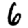
Digit: 6